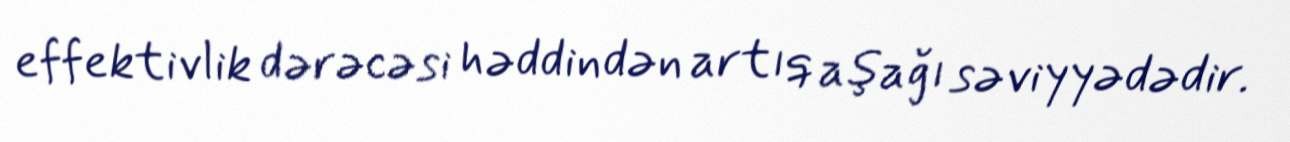
effektivlik dərəcəsi həddindən artıq aşağı səviyyədədir.